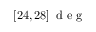
\left[ 2 4 , 2 8 \right] \mathrm { ~ d ~ e ~ g ~ }